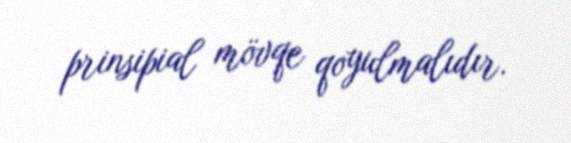
prinsipial mövqe qoyulmalıdır.